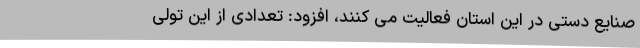
صنایع دستی در این استان فعالیت می کنند، افزود: تعدادی از این تولی